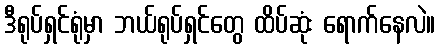
ဒီရုပ်ရှင်ရုံမှာ ဘယ်ရုပ်ရှင်တွေ ထိပ်ဆုံး ရောက်နေလဲ။